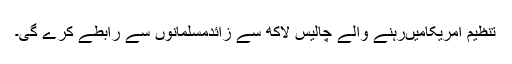
تنظیم امریکامیںرہنے والے چالیس لاکھ سے زائدمسلمانوں سے رابطے کرے گی۔